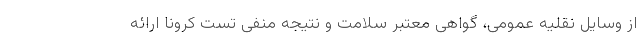
از وسایل نقلیه عمومی، گواهی معتبر سلامت و نتیجه منفی تست کرونا ارائه